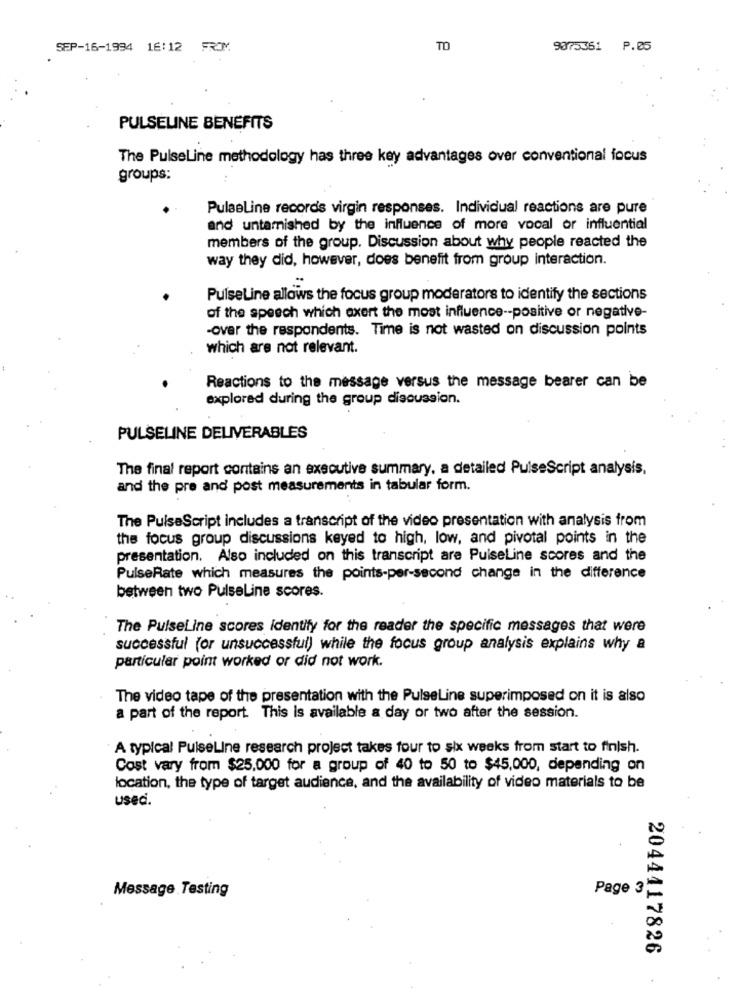
SEP-16-1994 16:12 FROM
TO
9075361 P.05
PULSELINE BENEFITS
The PulseLine methodology has three key advantages over conventional focus
groups:
Pulseline records virgin responses. Individual reactions are pure
and untarnished by the influence of more vocal or influential
members of the group. Discussion about why people reacted the
way they did, however, does benefit from group interaction.
PulseLine allows the focus group moderators to identify the sections
of the speech which exert the most influence -- positive or negative-
-over the respondents. Time is not wasted on discussion points
which are not relevant.
Reactions to the message versus the message bearer can be
explored during the group discussion.
PULSELINE DELIVERABLES
The final report contains an executive summary, a detailed PulseScript analysis,
and the pre and post measurements in tabular form.
The PulseScript includes a transcript of the video presentation with analysis from
the focus group discussions keyed to high, low, and pivotal points in the
presentation. Also included on this transcript are PulseLine scores and the
PulseRate which measures the points-per-second change in the difference
between two PulseLine scores.
The PulseLine scores identify for the reader the specific messages that were
successful (or unsuccessful) while the focus group analysis explains why a
particular point worked or did not work.
The video tape of the presentation with the PulseLine superimposed on it is also
a part of the report. This Is available a day or two after the session.
A typical PulseLine research project takes four to six weeks from start to finish.
Cost vary from $25.000 for a group of 40 to 50 to $45,000, depending on
location, the type of target audience, and the availability of video materials to be
used.
Message Testing
Page 3
2044417826